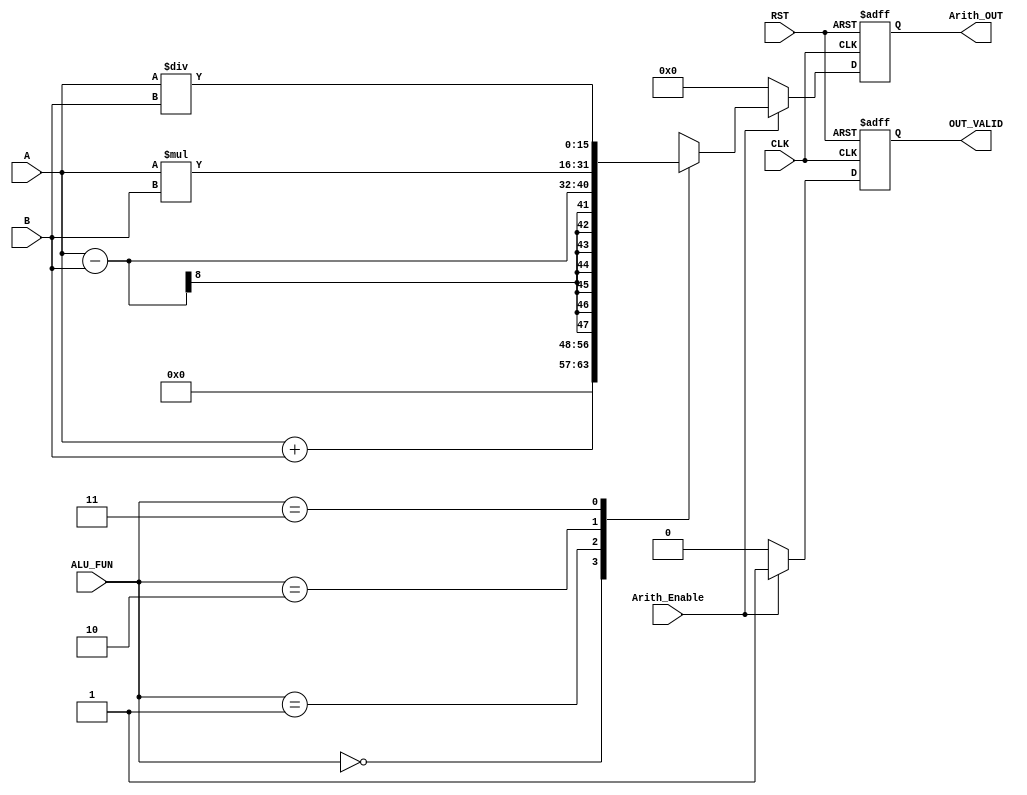
module Arithmetic_unit #(parameter 	A_WIDTH = 8	, B_WIDTH = 8 , OUT_WIDTH = 16, ALU_FUN_WIDTH = 2)						
						
 (									
	input  wire [A_WIDTH-1:0] 			A												,
	input  wire [B_WIDTH-1:0] 			B												,
	input  wire [ALU_FUN_WIDTH-1:0] 	ALU_FUN											,
	input  wire 						Arith_Enable									,
	input  wire 		  				CLK												,
	input  wire							RST												,
						
	output reg  [OUT_WIDTH-1:0] 		Arith_OUT										,						
	output reg							OUT_VALID							
 );				
				
				
	reg 		[OUT_WIDTH-1:0] 		Arith_Result									;
	reg									VALID											;
	
/********************************************************************************************/
/********************************************************************************************/
	
	always@(posedge CLK or negedge RST)	
		begin	
			
			if(!RST)
				begin

					Arith_OUT <= 'b0													;
					OUT_VALID <= 'b0													;
				
				end
			else
				begin
					
					Arith_OUT <= Arith_Result											;
					OUT_VALID <= VALID													;
				
				end
	
		end	

/********************************************************************************************/
/********************************************************************************************/	
	
	always@(*)	
		begin	

			VALID = 1'b0																;

			if (Arith_Enable)		
				begin		
						
					case (ALU_FUN)	
						'b00: Arith_Result = A + B 										; 							
						'b01: Arith_Result = A - B 										; 
						'b10: Arith_Result = A * B 										; 
						'b11: Arith_Result = A / B 										; 
						default: Arith_Result = 'b0										;
					endcase

					VALID = 'b1															;

				end
			else
				begin

					Arith_Result = 'b0													;
					VALID = 'b0															;
				
				end

		end


endmodule